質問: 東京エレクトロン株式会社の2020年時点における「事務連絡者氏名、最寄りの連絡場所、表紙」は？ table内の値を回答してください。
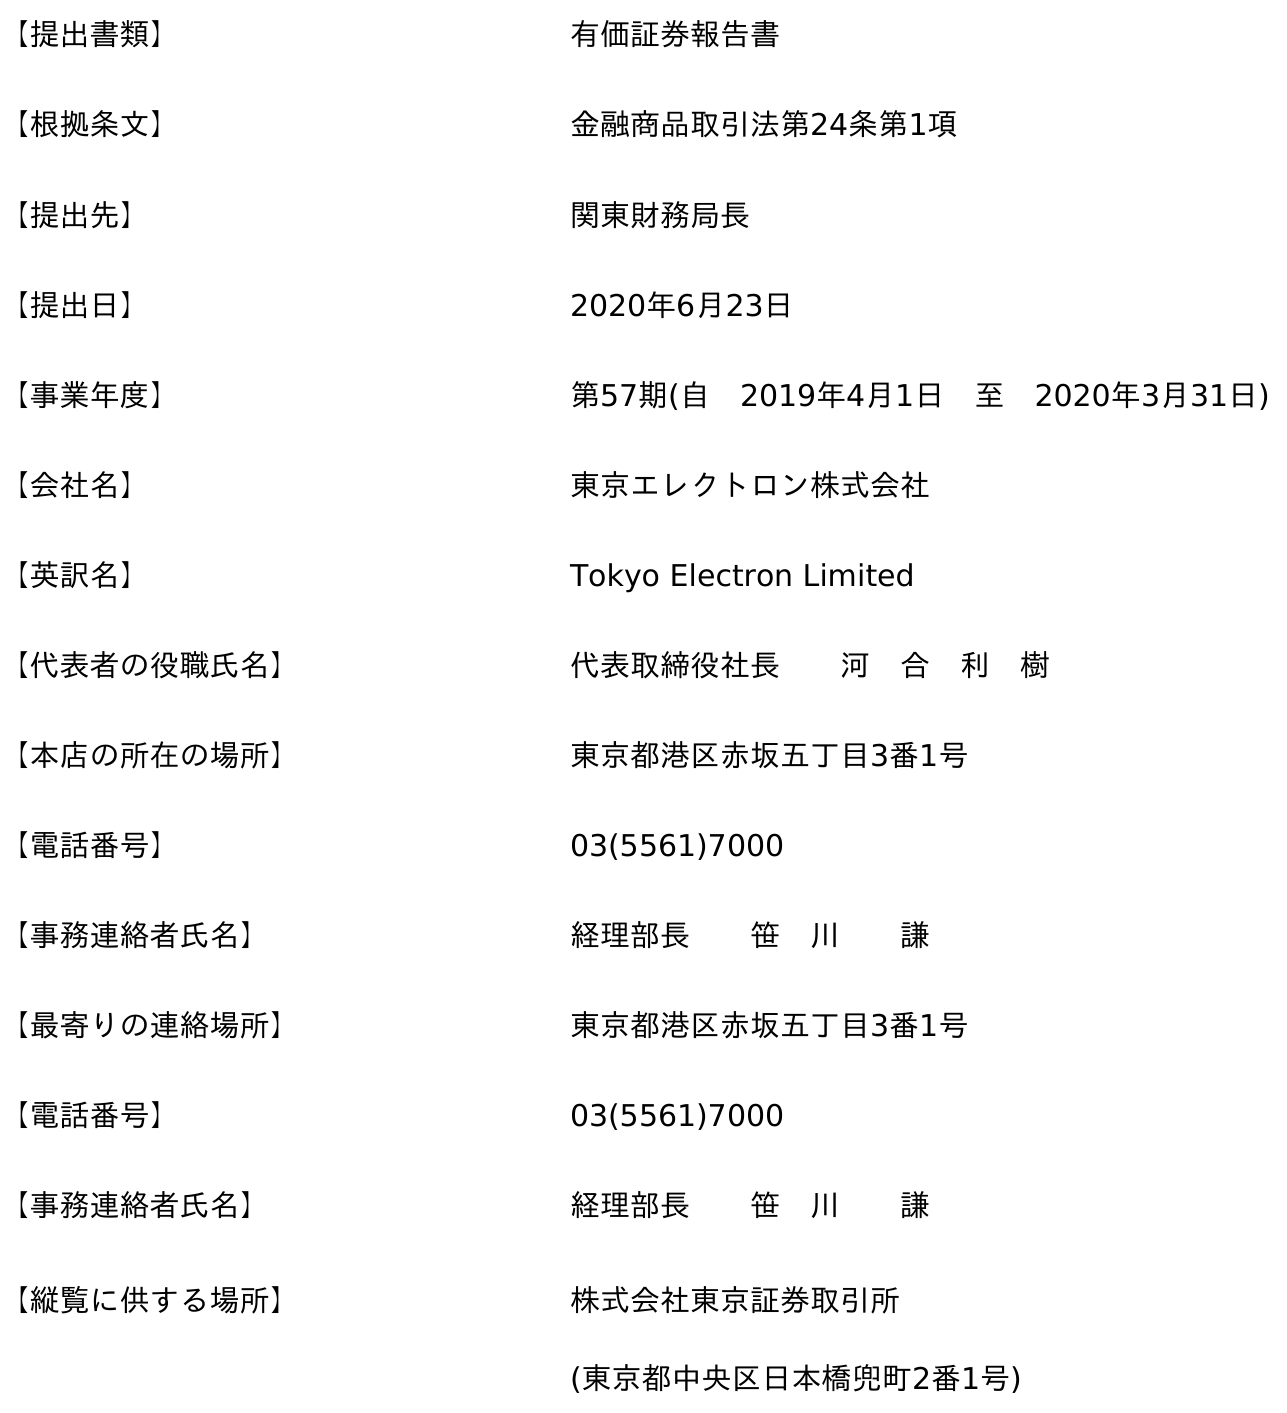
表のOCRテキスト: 【提出書類】 有価証券報告書 【根拠条文】 金融商品取引法第24条第1項 【提出先】 関東財務局長 【提出日】 2020年6月23日 【事業年度】 第57期(自 2019年4月1日 至 2020年3月31日) 【会社名】 東京エレクトロン株式会社 【英訳名】 Tokyo Electron Limited 【代表者の役職氏名】 代表取締役社長  河 合 利 樹 【本店の所在の場所】 東京都港区赤坂五丁目3番1号 【電話番号】 03(5561)7000 【事務連絡者氏名】 経理部長  笹 川  謙 【最寄りの連絡場所】 東京都港区赤坂五丁目3番1号 【電話番号】 03(5561)7000 【事務連絡者氏名】 経理部長  笹 川  謙 【縦覧に供する場所】 株式会社東京証券取引所 (東京都中央区日本橋兜町2番1号)
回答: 経理部長笹　川謙